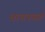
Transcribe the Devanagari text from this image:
वाचनवर्ग